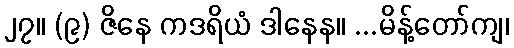
၂၇။ (၉) ဇိနေ ကဒရိယံ ဒါနေန။ ...မိန့်တော်ကျ၊